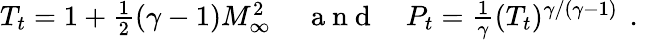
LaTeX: \begin{array}{rlr}{T_{t}=1+\frac{1}{2}(\gamma-1)M_{\infty}^{2}\, }&{{}\mathrm{~a~n~d~}}&{P_{t}=\frac{1}{\gamma}(T_{t})^{\gamma/(\gamma-1)}\, \mathrm{~.~}}\end{array}